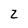
Character: Z